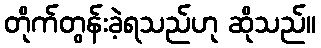
တိုက်တွန်းခဲ့ရသည်ဟု ဆိုသည်။